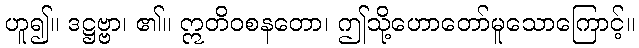
ဟူ၍။ ဒဋ္ဌဗ္ဗာ၊ ၏။ ဣတိဝစနတော၊ ဤသို့ဟောတော်မူသောကြောင့်။